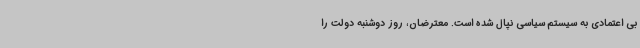
بی اعتمادی به سیستم سیاسی نپال شده است. معترضان، روز دوشنبه دولت را